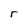
Character: r